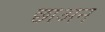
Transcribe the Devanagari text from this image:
छाअन